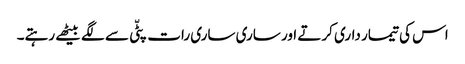
اس کی تیمار داری کرتے اور ساری ساری رات پٹّی سے لگے بیٹھے رہتے۔